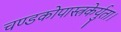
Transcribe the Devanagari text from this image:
चण्डकोपास्त्रकेर्युता।